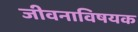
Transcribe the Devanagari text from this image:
जीवनाविषयक